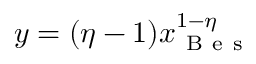
y = ( \eta - 1 ) x _ { \mathrm { ~ B ~ e ~ s ~ } } ^ { 1 - \eta }